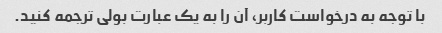
با توجه به درخواست کاربر، آن را به یک عبارت بولی ترجمه کنید.